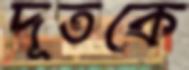
দূতকে